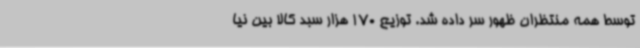
توسط همه منتظران ظهور سر داده شد. توزیع 170 هزار سبد کالا بین نیا